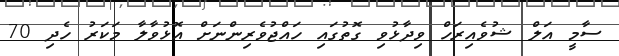
ސާމީ އަލް ޝުވެއިރަހް ވިދާޅުވި ގޮތުގައި ހައްޖުވެރިންނަށް އޮޅުވާލާ މަކަރު ހެދި 70